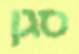
סגן